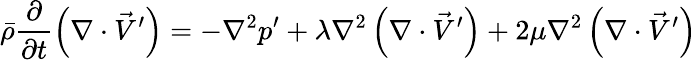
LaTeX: \bar{\rho}\frac{\partial}{\partial t}\left(\nabla\cdot\vec{V}^{\prime}\right)=-\nabla^{2}p^{\prime}+\lambda\nabla^{2}\left(\nabla\cdot\vec{V}^{\prime}\right)+2\mu\nabla^{2}\left(\nabla\cdot\vec{V}^{\prime}\right)